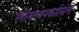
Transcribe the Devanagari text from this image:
लीनत्थपकासिनी